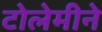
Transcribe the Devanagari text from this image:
टोलेमीने